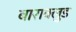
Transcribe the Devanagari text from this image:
बाराक्लुड